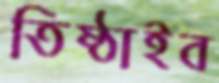
তিষ্ঠাইব